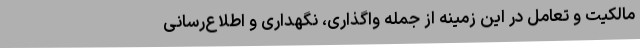
مالکیت و تعامل در این زمینه از جمله واگذاری، نگهداری و اطلاع‌رسانی